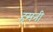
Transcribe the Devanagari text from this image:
हमनी